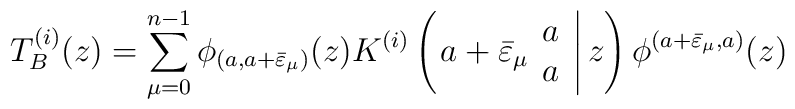
T^{(i)}_B (z) =\displaystyle\sum_{\mu =0}^{n-1} \phi_{(a, a+\bar{\varepsilon}_\mu )}(z)K^{(i)}\left( \left. a+\bar{\varepsilon}_\mu \begin{array}{c} a \\ a \end{array} \right| z \right) \phi^{(a+\bar{\varepsilon}_\mu ,a)}(z)